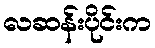
လဆန်းပိုင်းက